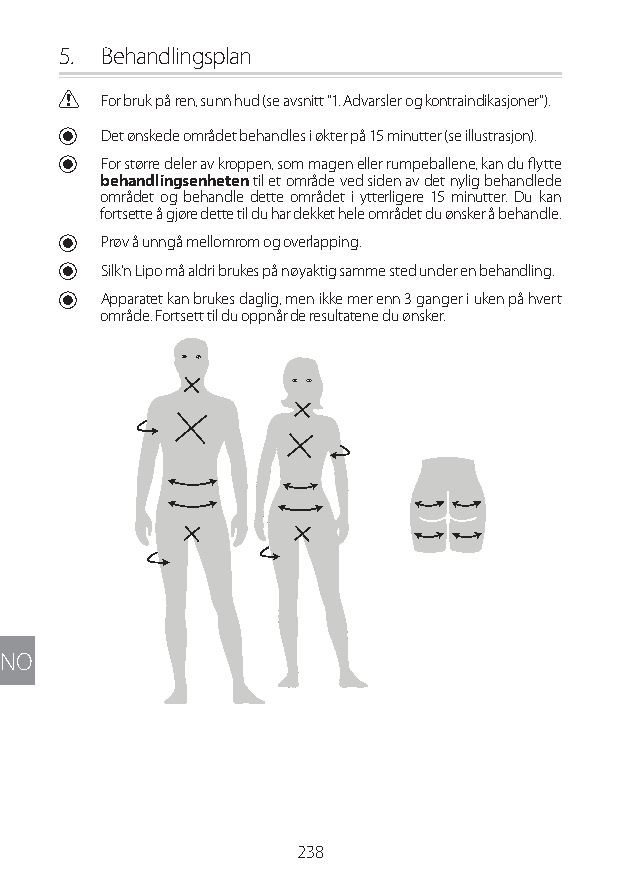
5. Behandlingsplan
 C For bruk på ren, sunn hud (se avsnitt "1. Advarsler og kontraindikasjoner").
 U Det ønskede området behandles i økter på 15 minutter (se illustrasjon).
 U For større deler av kroppen, som magen eller rumpeballene, kan du flytte
 behandlingsenheten til et område ved siden av det nylig behandlede
 området og behandle dette området i ytterligere 15 minutter. Du kan
 fortsette å gjøre dette til du har dekket hele området du ønsker å behandle.
 U Prøv å unngå mellomrom og overlapping.
 U Silk'n Lipo må aldri brukes på nøyaktig samme sted under en behandling.
 U Apparatet kan brukes daglig, men ikke mer enn 3 ganger i uken på hvert
 område. Fortsett til du oppnår de resultatene du ønsker.
 NO
 238
 Lipo UM EU124 3545B inside ALL EU124 ED296-24 release.indd 238 14/08/2018 10:57:47